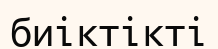
биіктікті